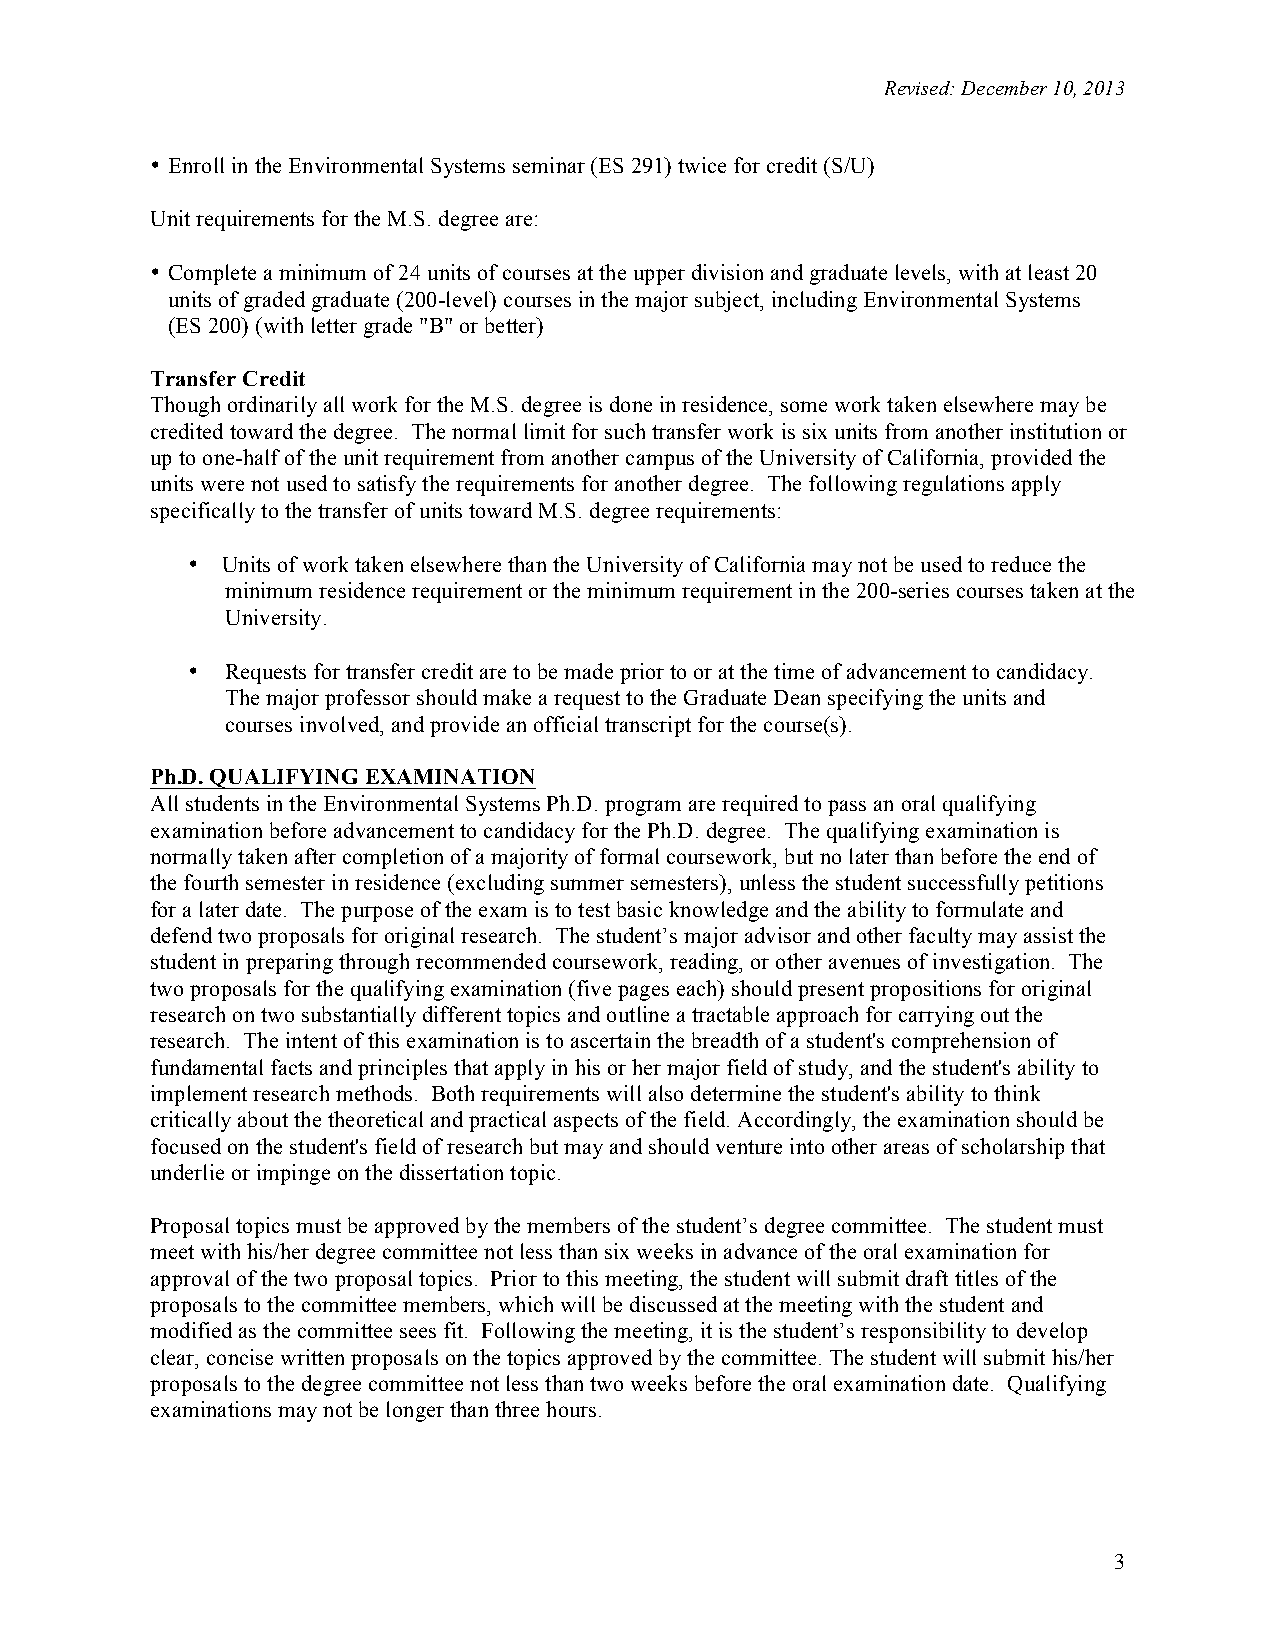
Revised: December 10, 2013
 • Enroll in the Environmental Systems seminar (ES 291) twice for credit (S/U)
 Unit requirements for the M.S. degree are:
 • Complete a minimum of 24 units of courses at the upper division and graduate levels, with at least 20
 units of graded graduate (200-level) courses in the major subject, including Environmental Systems
 (ES 200) (with letter grade "B" or better)
 Transfer Credit
 Though ordinarily all work for the M.S. degree is done in residence, some work taken elsewhere may be
 credited toward the degree. The normal limit for such transfer work is six units from another institution or
 up to one-half of the unit requirement from another campus of the University of California, provided the
 units were not used to satisfy the requirements for another degree. The following regulations apply
 specifically to the transfer of units toward M.S. degree requirements:
 •  Units of work taken elsewhere than the University of California may not be used to reduce the
 minimum residence requirement or the minimum requirement in the 200-series courses taken at the
 University.
 •  Requests for transfer credit are to be made prior to or at the time of advancement to candidacy.
 The major professor should make a request to the Graduate Dean specifying the units and
 courses involved, and provide an official transcript for the course(s).
 Ph.D. QUALIFYING EXAMINATION
 All students in the Environmental Systems Ph.D. program are required to pass an oral qualifying
 examination before advancement to candidacy for the Ph.D. degree. The qualifying examination is
 normally taken after completion of a majority of formal coursework, but no later than before the end of
 the fourth semester in residence (excluding summer semesters), unless the student successfully petitions
 for a later date. The purpose of the exam is to test basic knowledge and the ability to formulate and
 defend two proposals for original research. The student’s major advisor and other faculty may assist the
 student in preparing through recommended coursework, reading, or other avenues of investigation. The
 two proposals for the qualifying examination (five pages each) should present propositions for original
 research on two substantially different topics and outline a tractable approach for carrying out the
 research. The intent of this examination is to ascertain the breadth of a student's comprehension of
 fundamental facts and principles that apply in his or her major field of study, and the student's ability to
 implement research methods. Both requirements will also determine the student's ability to think
 critically about the theoretical and practical aspects of the field. Accordingly, the examination should be
 focused on the student's field of research but may and should venture into other areas of scholarship that
 underlie or impinge on the dissertation topic.
 Proposal topics must be approved by the members of the student’s degree committee. The student must
 meet with his/her degree committee not less than six weeks in advance of the oral examination for
 approval of the two proposal topics. Prior to this meeting, the student will submit draft titles of the
 proposals to the committee members, which will be discussed at the meeting with the student and
 modified as the committee sees fit. Following the meeting, it is the student’s responsibility to develop
 clear, concise written proposals on the topics approved by the committee. The student will submit his/her
 proposals to the degree committee not less than two weeks before the oral examination date. Qualifying
 examinations may not be longer than three hours.
 3